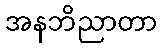
အနဘိညာတာ